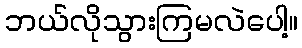
ဘယ်လိုသွားကြမလဲပေါ့။